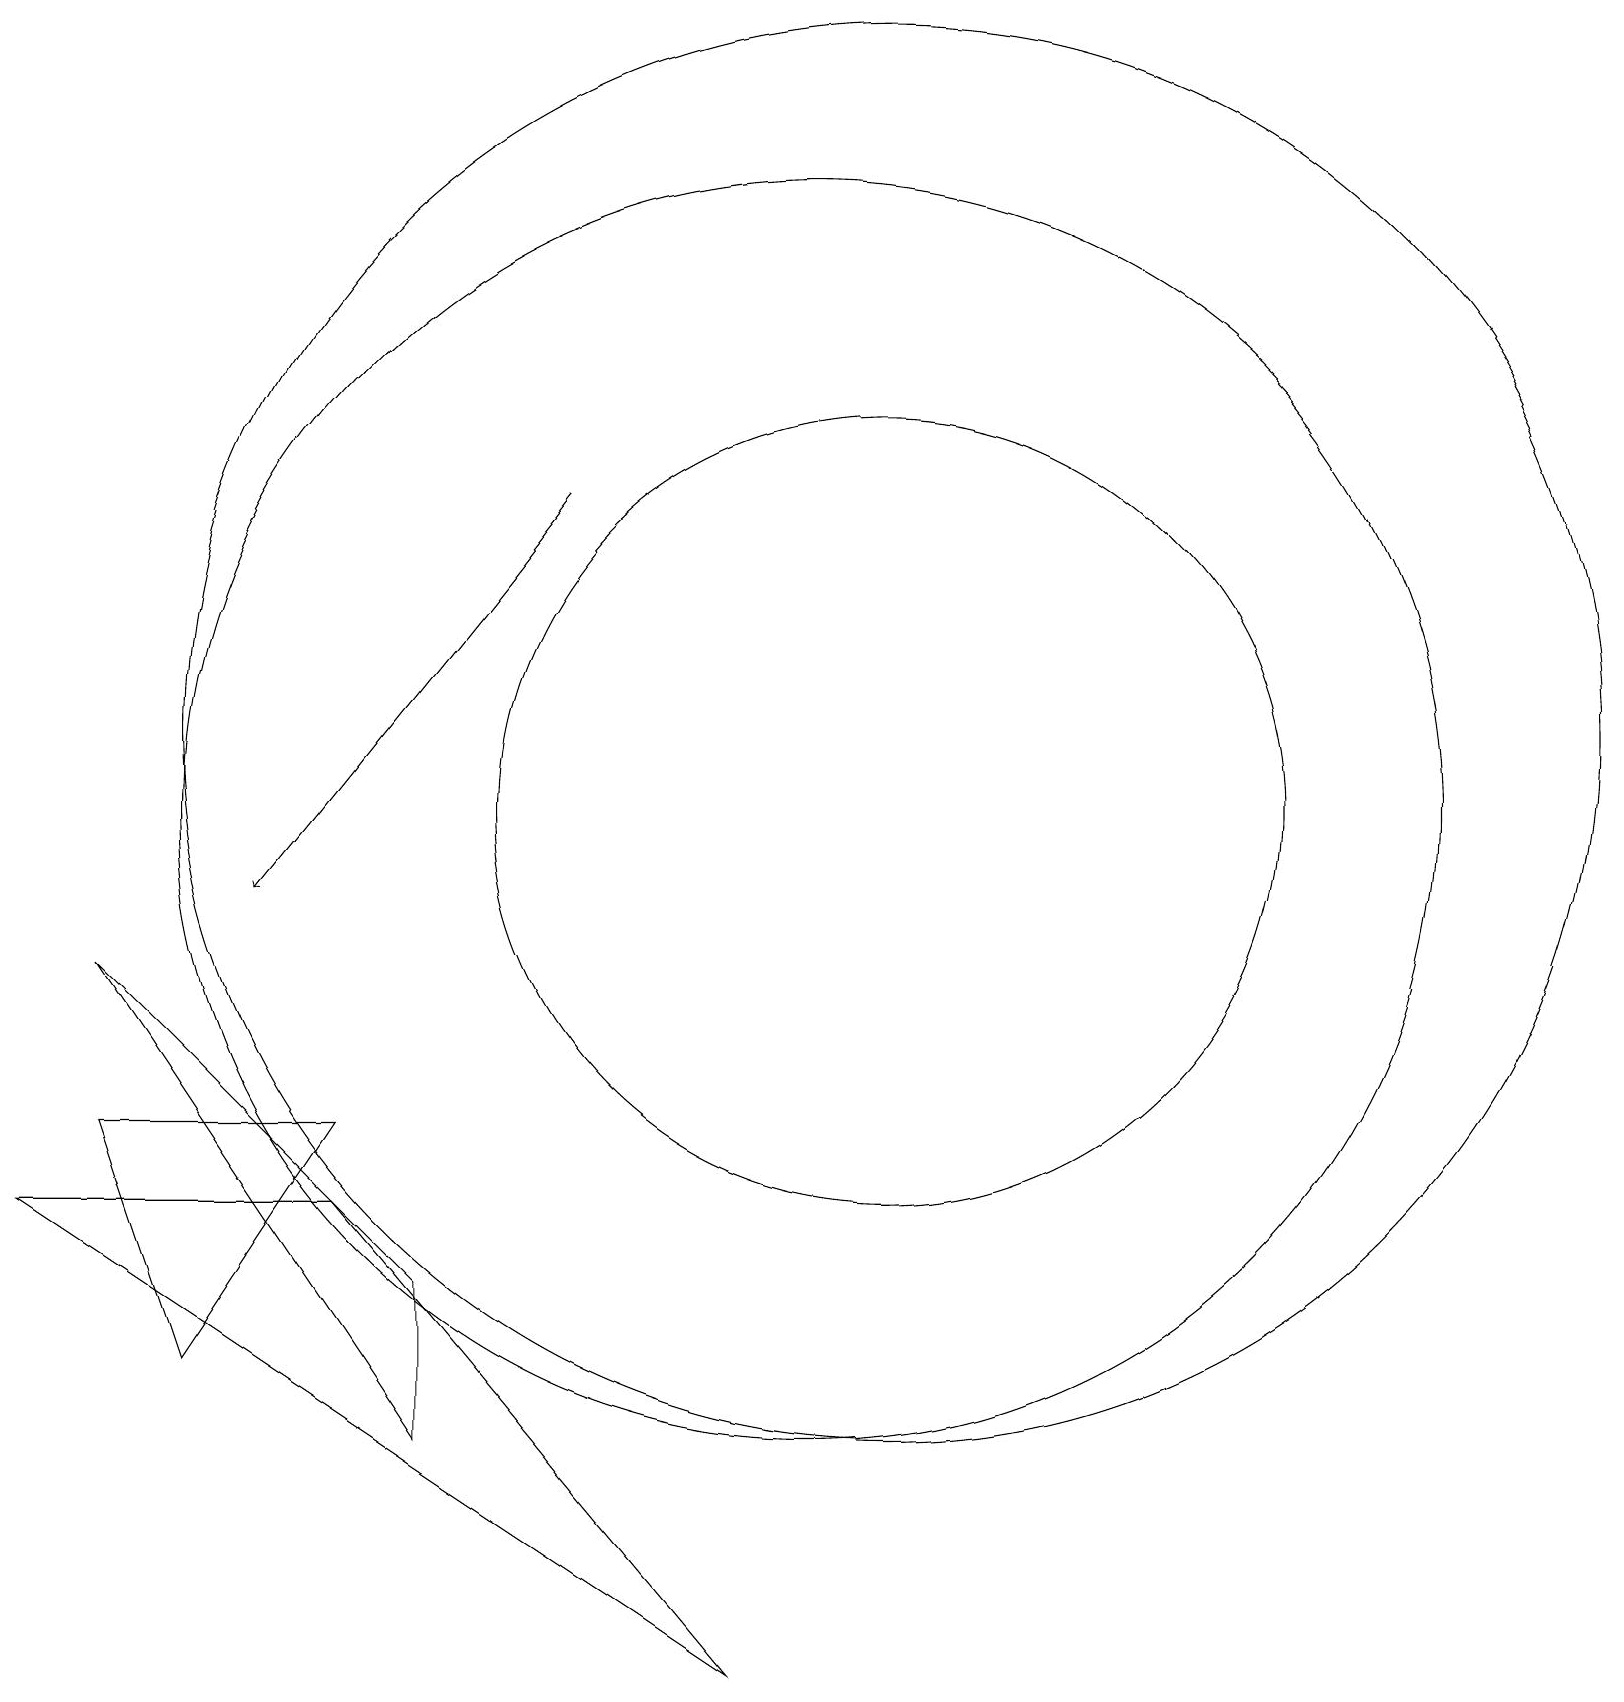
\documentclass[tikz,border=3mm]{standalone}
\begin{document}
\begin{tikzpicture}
\draw[->] (7,15) -- (3,10);
\draw (11,12) circle (9);
\draw (10,10) circle (0);
\draw (10,11) circle (8);
\draw (4,6) -- (9,0) -- (0,6) -- cycle;
\draw (5,5) -- (1,9) -- (5,3) -- cycle;
\draw (1,7) -- (4,7) -- (2,4) -- cycle;
\draw (11,11) circle (5);
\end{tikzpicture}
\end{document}